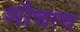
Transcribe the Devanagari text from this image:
शौचत्व